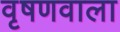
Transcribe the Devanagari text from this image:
वृषणवाला